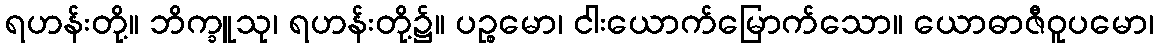
ရဟန်းတို့။ ဘိက္ခူသု၊ ရဟန်းတို့၌။ ပဉ္စမော၊ ငါးယောက်မြောက်သော။ ယောဓာဇီဝူပမော၊